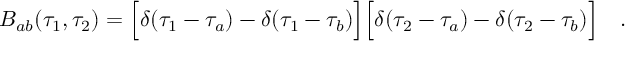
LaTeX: B _ { a b } ( \tau _ { 1 } , \tau _ { 2 } ) = \Bigl [ \delta ( \tau _ { 1 } - \tau _ { a } ) - \delta ( \tau _ { 1 } - \tau _ { b } ) \Bigr ] \Bigl [ \delta ( \tau _ { 2 } - \tau _ { a } ) - \delta ( \tau _ { 2 } - \tau _ { b } ) \Bigr ] \quad .